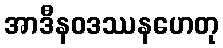
အာဒီနဝဒဿနဟေတု